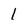
Character: 1